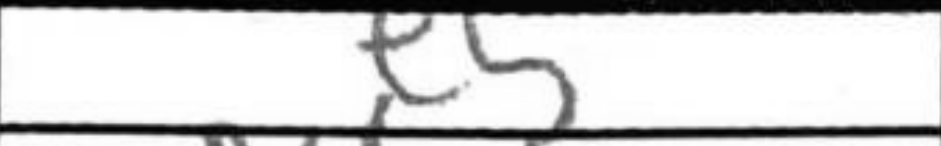
Transcription: e5